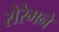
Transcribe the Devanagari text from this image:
सेरेमने